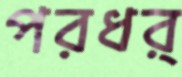
পরধর্